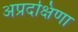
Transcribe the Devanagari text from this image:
अप्रदक्षिणा